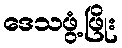
ဒေသဖွံ့ဖြိုး